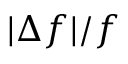
| \Delta f | / f